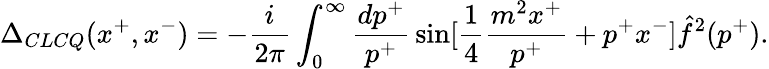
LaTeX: \Delta_{CLCQ}(x^{+},x^{-})=-{\frac{i}{2\pi}}\int_{0}^{\infty}{\frac{dp^{+}}{p^{+}}}\sin[{\frac{1}{4}}{\frac{m^{2}x^{+}}{p^{+}}}+p^{+}x^{-}]\hat{f}^{2}(p^{+}).